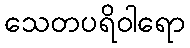
သေတပရိဝါရော